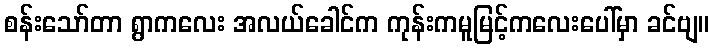
စန်းသော်တာ ရွာကလေး အလယ်ခေါင်က ကုန်းကမူမြင့်ကလေးပေါ်မှာ ခင်ဗျ။